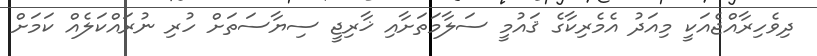
ދިވެހިރާއްޖެއަކީ މިއަދު އެމެރިކާގެ ޤައުމީ ސަލާމަތަށާއި ޚާރިޖީ ސިޔާސަތަށް ހުރި ނުރައްކަލެއް ކަމަށް